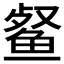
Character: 𮬞